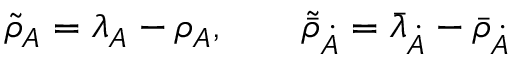
\tilde { { \rho } } _ { A } = \lambda _ { A } - \rho _ { A } , \qquad \tilde { \bar { \rho } } _ { \dot { A } } = \bar { \lambda } _ { \dot { A } } - \bar { \rho } _ { \dot { A } }